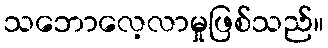
သဘောလေ့လာမှုဖြစ်သည်။